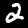
Digit: 2